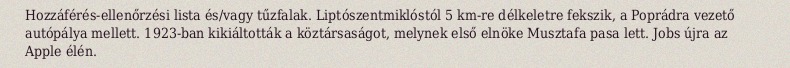
Hozzáférés-ellenőrzési lista és/vagy tűzfalak. Liptószentmiklóstól 5 km-re délkeletre fekszik, a Poprádra vezető autópálya mellett. 1923-ban kikiáltották a köztársaságot, melynek első elnöke Musztafa pasa lett. Jobs újra az Apple élén.